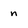
Character: n